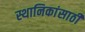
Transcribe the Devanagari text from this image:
स्थानिकांसाठी